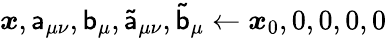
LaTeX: {\boldsymbol{x}},\mathsf{a}_{\mu\nu},\mathsf{b}_{\mu},\mathsf{\tilde{a}}_{\mu\nu},\mathsf{\tilde{b}}_{\mu}\gets{\boldsymbol{x}}_{0},0,0,0,0